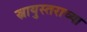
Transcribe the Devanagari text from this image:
स्नायुस्तराच्या